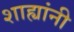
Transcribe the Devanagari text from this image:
शाह्यांनी